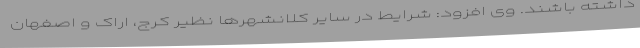
داشته باشند. وی افزود: شرایط در سایر کلانشهرها نظیر کرج، اراک و اصفهان